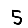
Digit: 5